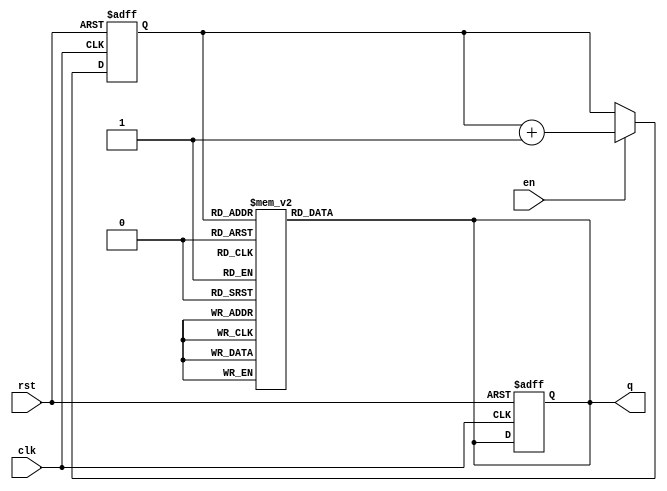
module JohnsonCounterWithEnable (
    input wire clk,
    input wire rst,
    input wire en,
    output reg [3:0] q
);

reg [3:0] q_temp;

always @(posedge clk or posedge rst) begin
    if (rst) begin
        q <= 4'b0000;
        q_temp <= 4'b0000;
    end else if (en) begin
        q_temp <= q_temp + 1;
    end
end

always @* begin
    case (q_temp)
        4'b0000: q = 4'b0001;
        4'b0001: q = 4'b0011;
        4'b0011: q = 4'b0010;
        4'b0010: q = 4'b0110;
        4'b0110: q = 4'b0100;
        4'b0100: q = 4'b1100;
        4'b1100: q = 4'b1000;
        4'b1000: q = 4'b1001;
        4'b1001: q = 4'b1011;
        4'b1011: q = 4'b1010;
        4'b1010: q = 4'b1110;
        4'b1110: q = 4'b1101;
        4'b1101: q = 4'b0111;
        4'b0111: q = 4'b0110;
        default: q = 4'b0000;
    endcase
end

endmodule